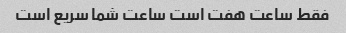
فقط ساعت هفت است ساعت شما سریع است